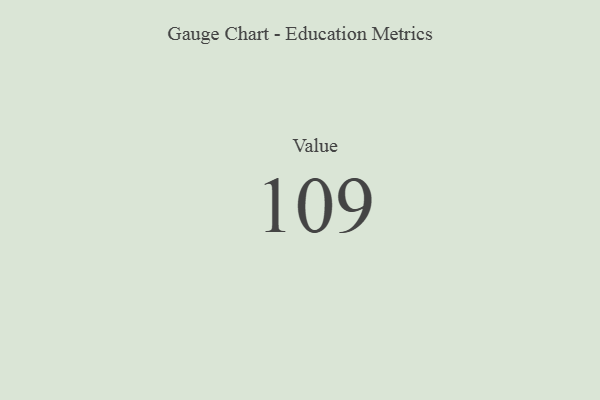
{"axis": {"x": "Metric", "y": "Value"}, "legend": [""], "data": [{"x": "Value", "y": 109, "type": ""}]}